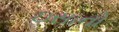
ઇસાનો